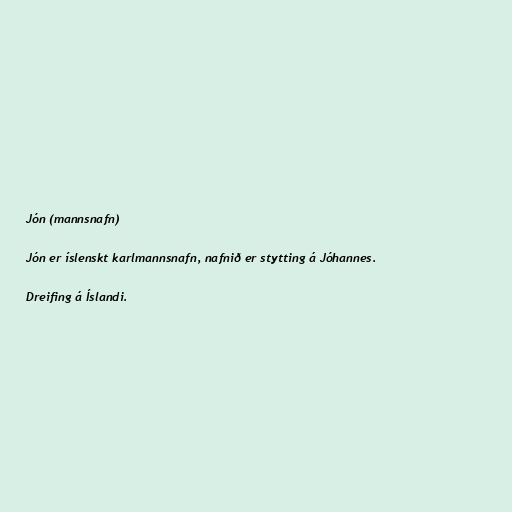
Jón (mannsnafn)

Jón er íslenskt karlmannsnafn, nafnið er stytting á Jóhannes.

Dreifing á Íslandi.